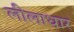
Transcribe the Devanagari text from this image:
लीलाधार